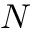
\boldsymbol { N }